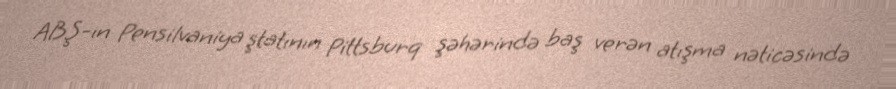
ABŞ-ın Pensilvaniya ştatının Pittsburq şəhərində baş verən atışma nəticəsində